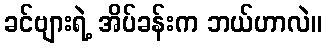
ခင်ဗျားရဲ့ အိပ်ခန်းက ဘယ်ဟာလဲ။